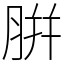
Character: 腁